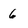
Character: 6